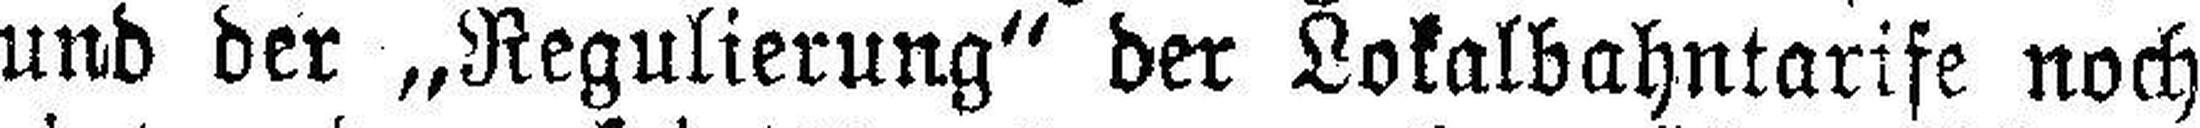
und der „Regulierung“ der Lokalbahntarife noch